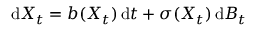
\mathrm { d } X _ { t } = b ( X _ { t } ) \, \mathrm { d } t + \sigma ( X _ { t } ) \, \mathrm { d } B _ { t }